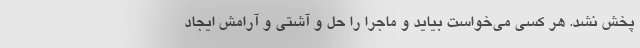
پخش نشد. هر کسی می‌خواست بیاید و ماجرا را حل و آشتی و آرامش ایجاد